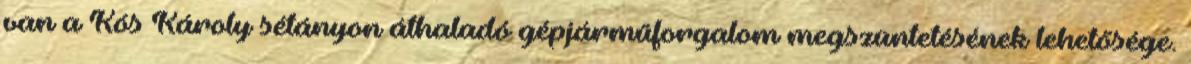
van a Kós Károly sétányon áthaladó gépjárműforgalom megszüntetésének lehetősége.